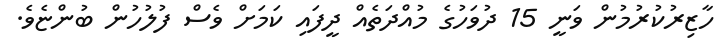
ހާޒިރުކުރުމުން ވަނީ 15 ދުވަހުގެ މުއްދަތެއް ދީފައި ކަމަށް ވެސް ފުލުހުން ބުންޏެވެ.